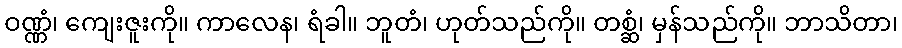
ဝဏ္ဏံ၊ ကျေးဇူးကို။ ကာလေန၊ ရံခါ။ ဘူတံ၊ ဟုတ်သည်ကို။ တစ္ဆံ၊ မှန်သည်ကို။ ဘာသိတာ၊